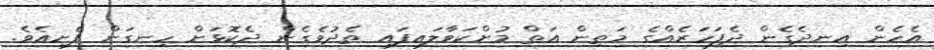
އެހެން އިނދެގެން ދެފަހަރެއްގެ މަތިން އަތް މުށްކަވާލައިފައި ތެެދުވެގެން ދެކޮޅަށް ހިނގަން ފެށިއެވެ.